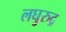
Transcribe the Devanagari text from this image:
लघुरुद्र